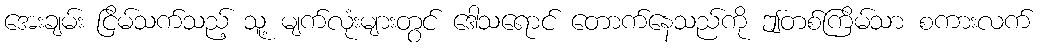
အေးချမ်း ငြိမ်သက်သည့် သူ့ မျက်လုံးများတွင် ဒေါသရောင် တောက်နေသည်ကို ဤတစ်ကြိမ်သာ စကားလက်